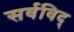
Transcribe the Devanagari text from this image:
सर्वविद्